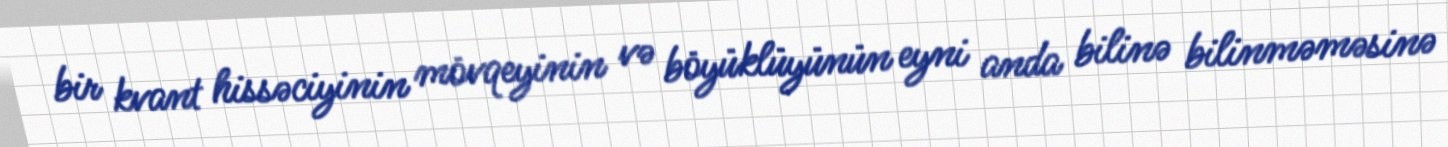
bir kvant hissəciyinin mövqeyinin və böyüklüyünün eyni anda bilinə bilinməməsinə